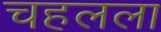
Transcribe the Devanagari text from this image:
चहलला